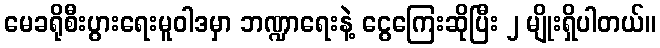
မေခရိုစီးပွားရေးမူဝါဒမှာ ဘဏ္ဍာရေးနဲ့ ငွေကြေးဆိုပြီး ၂ မျိုးရှိပါတယ်။